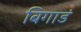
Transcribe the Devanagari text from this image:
बिगाडं